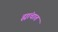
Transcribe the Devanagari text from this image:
ह्यांचात